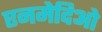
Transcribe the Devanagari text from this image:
एनमेदिओ